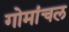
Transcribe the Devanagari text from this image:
गोमांचल